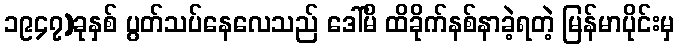
၁၉၄၇)ခုနှစ် ပွတ်သပ်နေလေသည် ဒေါ်မိ ထိခိုက်နစ်နာခဲ့ရတဲ့ မြန်မာပိုင်းမှ